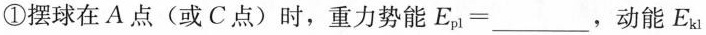
①摆球在A点(或C点)时，重力势能$$E_{p1}=___$$，动能E_{k1}